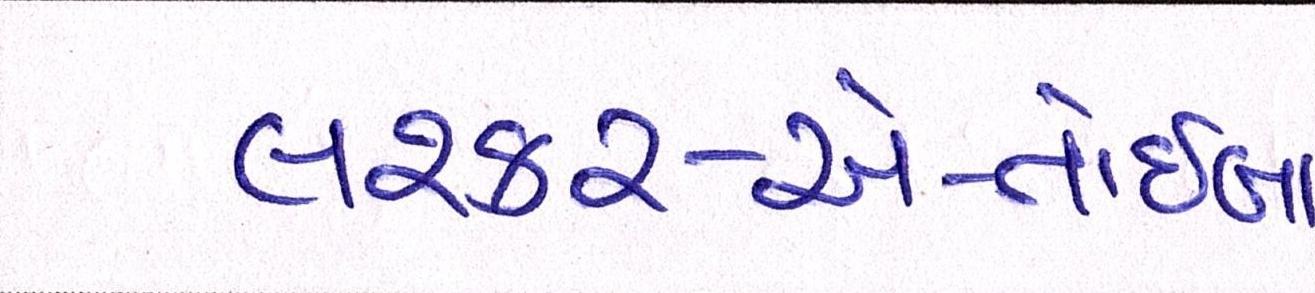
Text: લશ્કર-એ-તોઈબા